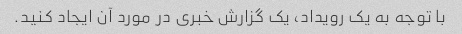
با توجه به یک رویداد، یک گزارش خبری در مورد آن ایجاد کنید.